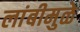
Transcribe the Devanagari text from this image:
लांबीमुळे